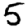
Digit: 5